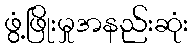
ဖွံ့ဖြိုးမှုအနည်းဆုံး